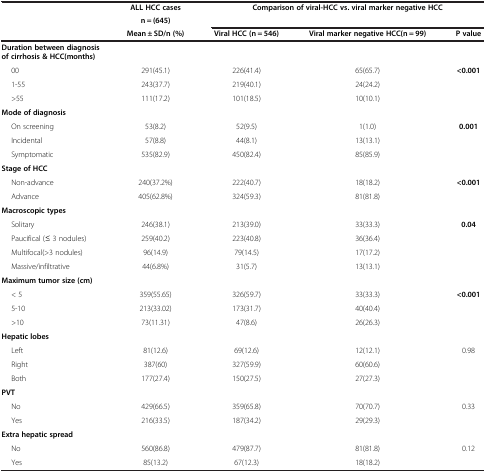
<table><thead><tr><td><b> </b></td><td><b>ALL HCC cases</b></td><td colspan="3"><b>Comparison of viral-HCC vs. viral marker negative HCC</b></td></tr><tr><td><b> </b></td><td><b>n = (645)</b></td><td><b> </b></td><td><b> </b></td><td><b> </b></td></tr><tr><td><b> </b></td><td><b>Mean ± SD/n (%)</b></td><td><b>Viral HCC (n = 546)</b></td><td><b>Viral marker negative HCC(n = 99)</b></td><td><b>P value</b></td></tr></thead><tbody><tr><td><b>Duration between diagnosis of cirrhosis &amp; HCC(months)</b></td><td> </td><td> </td><td> </td><td> </td></tr><tr><td>00</td><td>291(45.1)</td><td>226(41.4)</td><td>65(65.7)</td><td><b>&lt;0.001</b></td></tr><tr><td>1-55</td><td>243(37.7)</td><td>219(40.1)</td><td>24(24.2)</td><td> </td></tr><tr><td>&gt;55</td><td>111(17.2)</td><td>101(18.5)</td><td>10(10.1)</td><td> </td></tr><tr><td><b>Mode of diagnosis</b></td><td> </td><td> </td><td> </td><td> </td></tr><tr><td>On screening</td><td>53(8.2)</td><td>52(9.5)</td><td>1(1.0)</td><td><b>0.001</b></td></tr><tr><td>Incidental</td><td>57(8.8)</td><td>44(8.1)</td><td>13(13.1)</td><td> </td></tr><tr><td>Symptomatic</td><td>535(82.9)</td><td>450(82.4)</td><td>85(85.9)</td><td> </td></tr><tr><td><b>Stage of HCC</b></td><td> </td><td> </td><td> </td><td> </td></tr><tr><td>Non-advance</td><td>240(37.2%)</td><td>222(40.7)</td><td>18(18.2)</td><td><b>&lt;0.001</b></td></tr><tr><td>Advance</td><td>405(62.8%)</td><td>324(59.3)</td><td>81(81.8)</td><td> </td></tr><tr><td><b>Macroscopic types</b></td><td> </td><td> </td><td> </td><td> </td></tr><tr><td>Solitary</td><td>246(38.1)</td><td>213(39.0)</td><td>33(33.3)</td><td><b>0.04</b></td></tr><tr><td>Paucifical (≤ 3 nodules)</td><td>259(40.2)</td><td>223(40.8)</td><td>36(36.4)</td><td> </td></tr><tr><td>Multifocal(&gt;3 nodules)</td><td>96(14.9)</td><td>79(14.5)</td><td>17(17.2)</td><td> </td></tr><tr><td>Massive/infiltrative</td><td>44(6.8%)</td><td>31(5.7)</td><td>13(13.1)</td><td> </td></tr><tr><td><b>Maximum tumor size (cm)</b></td><td> </td><td> </td><td> </td><td> </td></tr><tr><td>&lt; 5</td><td>359(55.65)</td><td>326(59.7)</td><td>33(33.3)</td><td><b>&lt;0.001</b></td></tr><tr><td>5-10</td><td>213(33.02)</td><td>173(31.7)</td><td>40(40.4)</td><td> </td></tr><tr><td>&gt;10</td><td>73(11.31)</td><td>47(8.6)</td><td>26(26.3)</td><td> </td></tr><tr><td><b>Hepatic lobes</b></td><td> </td><td> </td><td> </td><td> </td></tr><tr><td>Left</td><td>81(12.6)</td><td>69(12.6)</td><td>12(12.1)</td><td>0.98</td></tr><tr><td>Right</td><td>387(60)</td><td>327(59.9)</td><td>60(60.6)</td><td> </td></tr><tr><td>Both</td><td>177(27.4)</td><td>150(27.5)</td><td>27(27.3)</td><td> </td></tr><tr><td><b>PVT</b></td><td> </td><td> </td><td> </td><td> </td></tr><tr><td>No</td><td>429(66.5)</td><td>359(65.8)</td><td>70(70.7)</td><td>0.33</td></tr><tr><td>Yes</td><td>216(33.5)</td><td>187(34.2)</td><td>29(29.3)</td><td> </td></tr><tr><td><b>Extra hepatic spread</b></td><td> </td><td> </td><td> </td><td> </td></tr><tr><td>No</td><td>560(86.8)</td><td>479(87.7)</td><td>81(81.8)</td><td>0.12</td></tr><tr><td>Yes</td><td>85(13.2)</td><td>67(12.3)</td><td>18(18.2)</td><td> </td></tr></tbody></table>